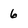
Character: 6